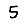
Digit: 5